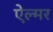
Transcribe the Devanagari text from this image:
ऐल्मर